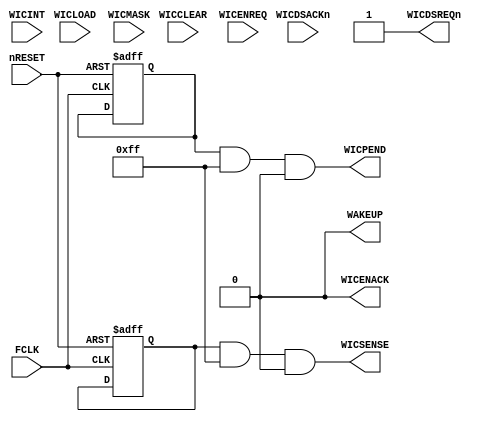
//-----------------------------------------------------------------------------
// The confidential and proprietary information contained in this file may
// only be used by a person authorised under and to the extent permitted
// by a subsisting licensing agreement from ARM Limited.
//
//            (C) COPYRIGHT 2008-2009 ARM Limited.
//                ALL RIGHTS RESERVED
//
// This entire notice must be reproduced on all copies of this file
// and copies of this file may only be made by a person if such person is
// permitted to do so under the terms of a subsisting license agreement
// from ARM Limited.
//
//      SVN Information
//
//      Checked In          : $Date: 2009-03-16 19:48:51 +0000 (Mon, 16 Mar 2009) $
//
//      Revision            : $Revision: 104227 $
//
//      Release Information : Cortex-M0-AT510-r0p0-00rel0
//-----------------------------------------------------------------------------

// Purpose : Cortex-M0 Wake-Up Interrupt Controller
// -----------------------------------------------------------------------------

module cortexm0_wic
  #(parameter WIC       = 0,   // WIC present if 1.
    parameter WICLINES  = 8)   // Number of WIC lines
   (input         FCLK,
    input         nRESET,
    input         WICLOAD,     // WIC mask load from core
    input         WICCLEAR,    // WIC mask clear from core
    input  [33:0] WICINT,      // Interrupt request from system
    input  [33:0] WICMASK,     // Mask from core
    input         WICENREQ,    // WIC enable request from PMU
    input         WICDSACKn,   // WIC enable ack from core
    output        WAKEUP,      // Wake up request to PMU
    output [33:0] WICSENSE,    //
    output [33:0] WICPEND,     // Pended interrupt request
    output        WICDSREQn,   // WIC enable request to core
    output        WICENACK);   // WIC enable ack to PMU

  // --------------------------------------------------------------------------
  // Regs
  // --------------------------------------------------------------------------
  reg  [33:0] mask;            // interrupt mask register
  reg  [33:0] pend;            // interrupt pend register
  reg         wic_actv;
  reg         wic_ds_req_r;
  reg         wic_en_ack_r;

  // --------------------------------------------------------------------------
  // Configurability
  // --------------------------------------------------------------------------

  wire        cfg_wic  = (WIC != 0) ? 1'b1 : 1'b0;

  wire [33:0] cfg_wiclines = { (WICLINES > 33), (WICLINES > 32),
                               (WICLINES > 31), (WICLINES > 30),
                               (WICLINES > 29), (WICLINES > 28),
                               (WICLINES > 27), (WICLINES > 26),
                               (WICLINES > 25), (WICLINES > 24),
                               (WICLINES > 23), (WICLINES > 22),
                               (WICLINES > 21), (WICLINES > 20),
                               (WICLINES > 19), (WICLINES > 18),
                               (WICLINES > 17), (WICLINES > 16),
                               (WICLINES > 15), (WICLINES > 14),
                               (WICLINES > 13), (WICLINES > 12),
                               (WICLINES > 11), (WICLINES > 10),
                               (WICLINES >  9), (WICLINES >  8),
                               (WICLINES >  7), (WICLINES >  6),
                               (WICLINES >  5), (WICLINES >  4),
                               (WICLINES >  3), (WICLINES >  2),
                               (WICLINES >  1), (WICLINES >  0) };

  //----------------------------------------------------------------------------
  // WIC enable handshake
  //----------------------------------------------------------------------------
  // Request WIC mode sleep if PMU request is asserted
  wire                wic_ds_req_set = WICENREQ & WICDSREQn;
  wire                wic_ds_req_clr = ~WICDSREQn & ~WICENREQ;

  always @(posedge FCLK or negedge nRESET)
    if(~nRESET)
      wic_ds_req_r <= 1'b0;
    else if (cfg_wic & (wic_ds_req_set | wic_ds_req_clr))
      wic_ds_req_r <= wic_ds_req_set;

  // Acknowledge PMU request if core accepts
  wire                wic_en_ack_set = ~WICDSACKn & ~WICENACK;
  wire                wic_en_ack_clr = WICENACK & WICDSACKn;

  always @(posedge FCLK or negedge nRESET)
    if(~nRESET)
      wic_en_ack_r <= 1'b0;
    else if (cfg_wic & (wic_en_ack_set | wic_en_ack_clr))
      wic_en_ack_r <= wic_en_ack_set;

  //----------------------------------------------------------------------------
  // LOAD/CLEAR WIC sensitivity
  //----------------------------------------------------------------------------

  // Set mask value depending on operation
  wire [33:0] nxt_mask = {34{WICLOAD}} & WICMASK;

  wire        mask_en  = cfg_wic & (WICCLEAR | WICLOAD);

  integer i0;

  always @(posedge FCLK or negedge nRESET)
    if (~nRESET)
      mask[33:0] <= {34{1'b0}};
    else
      for (i0=0;i0<34;i0=i0+1)
        if (cfg_wiclines[i0] ? mask_en : 1'b0)
          mask[i0] <= nxt_mask[i0];

  wire [33:0] wic_sense = mask;

  //----------------------------------------------------------------------------
  // Pend interrupts
  //----------------------------------------------------------------------------

  wire [33:0] nxt_pend  = {34{~WICCLEAR}} & (WICINT | pend);
  
  wire        pend_wr_en = cfg_wic & (WICLOAD | wic_actv) & (WICCLEAR | (|WICINT));

  integer i1;

  always @(posedge FCLK or negedge nRESET)
    if (~nRESET)
      pend[33:0] <= {34{1'b0}};
    else
      for (i1=0;i1<34;i1=i1+1)
        if (cfg_wiclines[i1] ? pend_wr_en : 1'b0)
          pend[i1] <= nxt_pend[i1];

  wire [33:0] wic_pend = pend;

  //----------------------------------------------------------------------------
  // Active status register
  //----------------------------------------------------------------------------
  always @(posedge FCLK or negedge nRESET)
    if (~nRESET)
      wic_actv <= 1'b0;
    else if (cfg_wic & (WICLOAD | WICCLEAR))
      wic_actv <= WICLOAD;

  //----------------------------------------------------------------------------
  // Request wake-up
  //----------------------------------------------------------------------------
  // Wake up if something has been pended that is observed
  wire        wake_up = (|(pend & mask));

  //----------------------------------------------------------------------------
  // Output assignments
  //----------------------------------------------------------------------------
  assign      WAKEUP    = wake_up & cfg_wic;
  assign      WICSENSE  = wic_sense & cfg_wiclines & {34{cfg_wic}};
  assign      WICPEND   = wic_pend & cfg_wiclines & {34{cfg_wic}};
  assign      WICDSREQn = (cfg_wic) ? ~wic_ds_req_r : 1'b1;
  assign      WICENACK  = (cfg_wic) ? wic_en_ack_r  : 1'b0;

endmodule